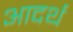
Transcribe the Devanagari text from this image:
आदर्थ